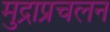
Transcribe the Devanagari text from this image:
मुद्राप्रचलन